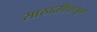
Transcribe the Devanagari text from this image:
साखळीपासून